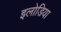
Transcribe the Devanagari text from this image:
इलोडिया